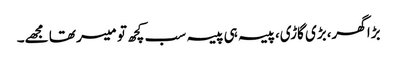
بڑا گھر،بڑی گاڑی،پیسہ ہی پیسہ سب کچھ تو میسر تھا مجھے۔